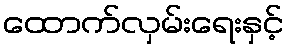
ထောက်လှမ်းရေးနှင့်